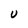
Character: U